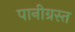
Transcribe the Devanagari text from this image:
पानीग्रस्त